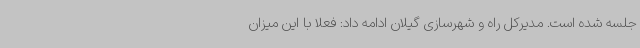
جلسه شده است. مدیرکل راه و شهرسازی گیلان ادامه داد: فعلا با این میزان